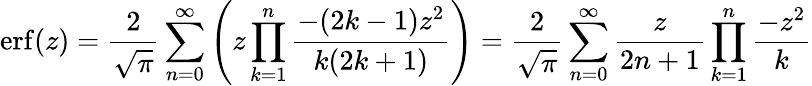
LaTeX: \operatorname{erf}(z)={\frac{2}{\sqrt{\pi}}}\sum_{n=0}^{\infty}\left(z\prod_{k=1}^{n}{\frac{-(2k-1)z^{2}}{k(2k+1)}}\right)={\frac{2}{\sqrt{\pi}}}\sum_{n=0}^{\infty}{\frac{z}{2n+1}}\prod_{k=1}^{n}{\frac{-z^{2}}{k}}